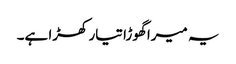
یہ میرا گھوڑا تیار کھڑا ہے۔